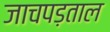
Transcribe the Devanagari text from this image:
जाचपड़ताल